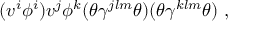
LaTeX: ( v ^ { i } \phi ^ { i } ) v ^ { j } \phi ^ { k } ( \theta \gamma ^ { j l m } \theta ) ( \theta \gamma ^ { k l m } \theta ) ~ ,